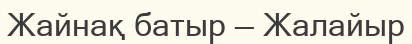
Жайнақ батыр — Жалайыр